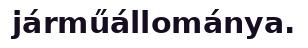
járműállománya.